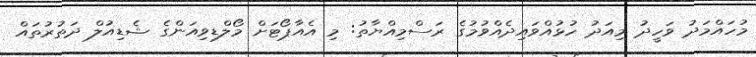
މުހައްމަދު ވަހީދު މިއަދު ހުޅުއްވައިދެއްވުމުގެ ރަސްމިއްޔާތު: މި އެއާޕޯޓަށް މޯލްޑިވިއަންގެ ޝެޑިއުލް ދަތުރުތައް